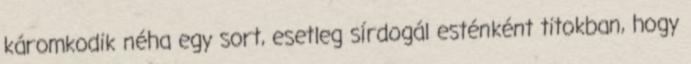
káromkodik néha egy sort, esetleg sírdogál esténként titokban, hogy